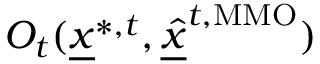
O _ { t } ( \underline { { x } } ^ { * , t } , \underline { { \hat { x } } } ^ { t , \mathrm { M M O } } )